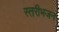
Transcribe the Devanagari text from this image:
स्तरीभजन